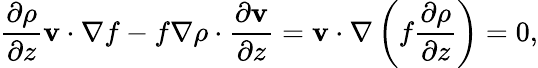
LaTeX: \frac{\partial\rho}{\partial z}{\mathbf v}\cdot\nabla f-f\nabla\rho\cdot\frac{\partial{\mathbf v}}{\partial z}={\mathbf v}\cdot\nabla\left(f\frac{\partial\rho}{\partial z}\right)=0,